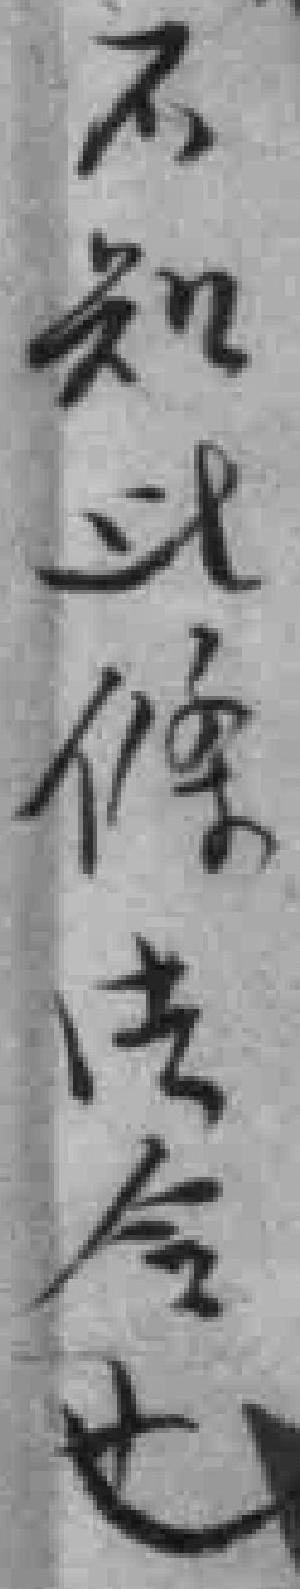
不知此條法令也